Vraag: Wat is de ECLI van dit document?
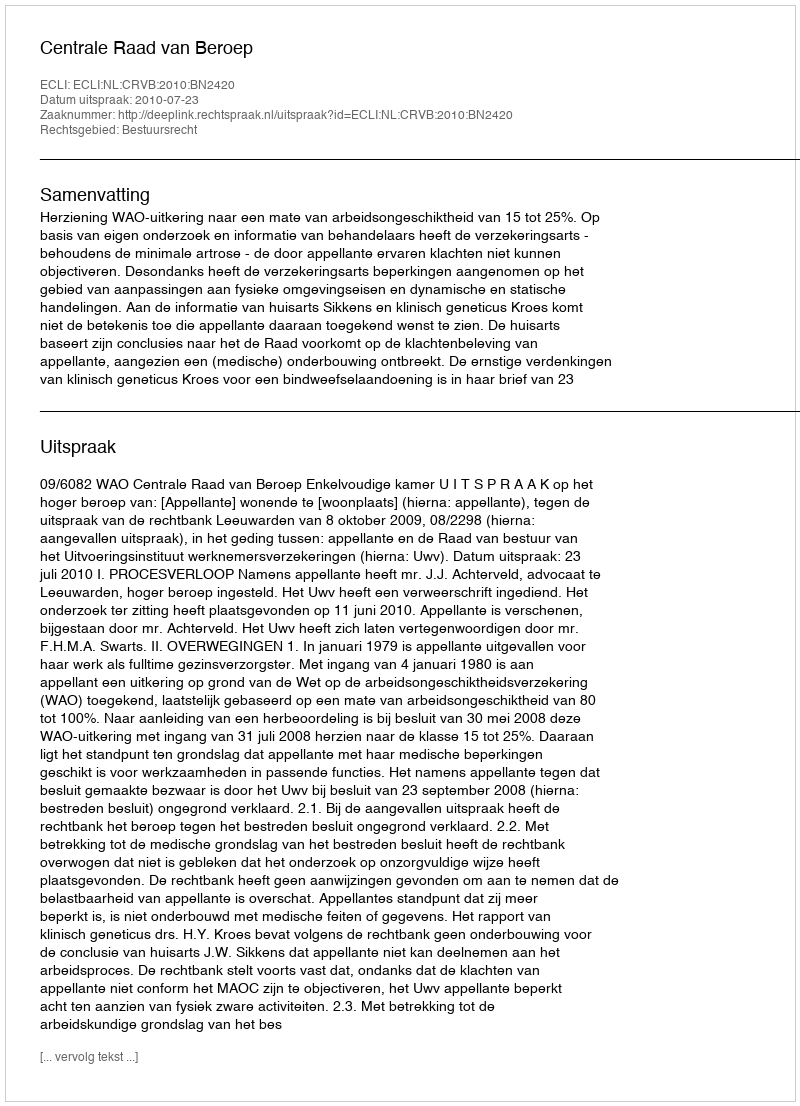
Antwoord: ECLI:NL:CRVB:2010:BN2420